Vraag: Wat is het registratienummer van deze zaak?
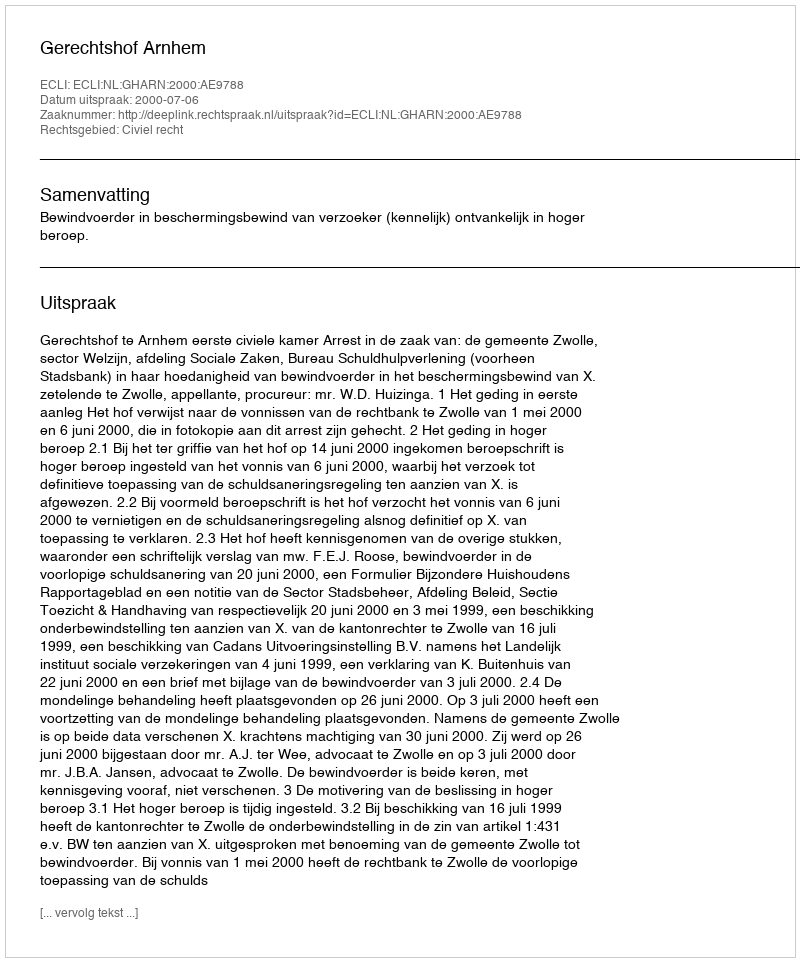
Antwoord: http://deeplink.rechtspraak.nl/uitspraak?id=ECLI:NL:GHARN:2000:AE9788